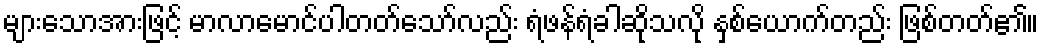
များသောအားဖြင့် မာလာမောင်ပါတတ်သော်လည်း ရံဖန်ရံခါဆိုသလို နှစ်ယောက်တည်း ဖြစ်တတ်၏။